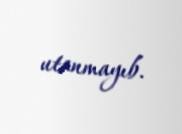
utanmayıb.